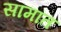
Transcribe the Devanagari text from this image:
सामांत